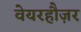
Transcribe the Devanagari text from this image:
वेयरहौज़र